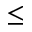
\leq